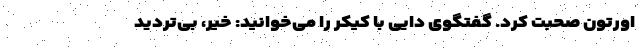
اورتون صحبت کرد. گفتگوی دایی با کیکر را می‌خوانید: خیر، بی‌تردید